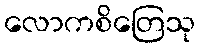
လောကစိတြေသု